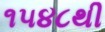
૧૫૪૮થી